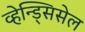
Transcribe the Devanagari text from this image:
व्हेन्ड्सिसेल